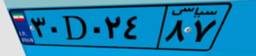
۳۰D۰۲۴۸۷